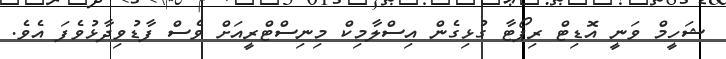
ޝަހީމް ވަނީ އޮޑިޓް ރިޕޯޓާ ގުޅިގެން އިސްލާމިކް މިނިސްޓްރީއަށް ވެސް ފާޑުވިދާޅުވެފަ އެވެ.